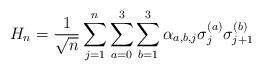
LaTeX: \begin{align*}H_n=\frac{1}{\sqrt{n}}\sum_{j=1}^n\sum_{a=0}^3\sum_{b=1}^3\alpha_{a,b,j}\sigma_j^{(a)}\sigma_{j+1}^{(b)}\end{align*}